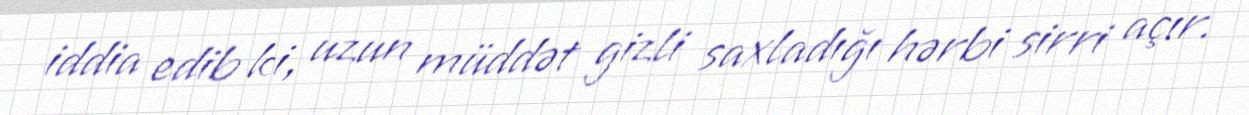
iddia edib ki, uzun müddət gizli saxladığı hərbi sirri açır.